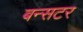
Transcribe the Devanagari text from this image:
बन्सटर